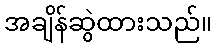
အချိန်ဆွဲထားသည်။